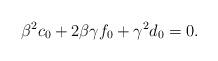
LaTeX: \begin{align*} \beta^2 c_0+2\beta\gamma f_0+\gamma^2 d_0=0.\end{align*}